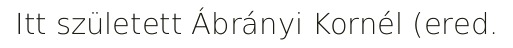
Itt született Ábrányi Kornél (ered.